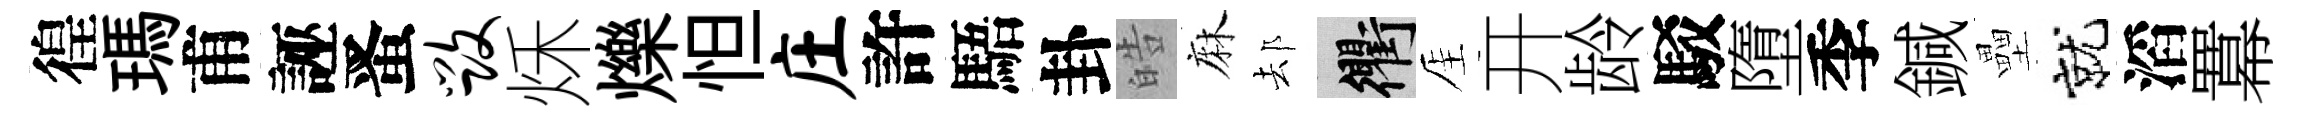
徨瑪甫誣󱉠毁秌爍怛庄許䮏卦皓麻𨚫衢厓开龄駁墮季鍼壘就滔羃